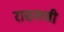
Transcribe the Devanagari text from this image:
रासमणी